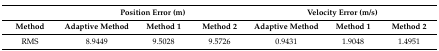
<table><thead><tr><td></td><td colspan="3"><b>Position Error (m)</b></td><td colspan="3"><b>Velocity Error (m/s)</b></td></tr><tr><td><b>Method</b></td><td><b>Adaptive Method</b></td><td><b>Method 1</b></td><td><b>Method 2</b></td><td><b>Adaptive Method</b></td><td><b>Method 1</b></td><td><b>Method 2</b></td></tr></thead><tbody><tr><td>RMS</td><td>8.9449</td><td>9.5028</td><td>9.5726</td><td>0.9431</td><td>1.9048</td><td>1.4951</td></tr></tbody></table>